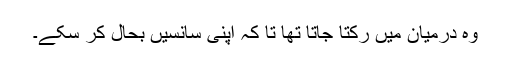
وہ درمیان میں رکتا جاتا تھا تا کہ اپنی سانسیں بحال کر سکے۔